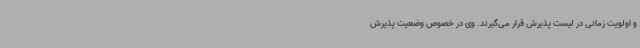
و اولویت زمانی در لیست پذیرش قرار می‌گیرند. وی در خصوص وضعیت پذیرش